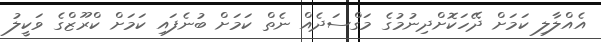
އެއްލާލި ކަމަށް ދޭހަކޮށްދިނުމުގެ މަގްސަދެއް ނެތް ކަމަށް ބުނެފައި ކަމަށް ކްރޫޒްގެ ވަކީލު